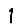
Digit: 1